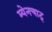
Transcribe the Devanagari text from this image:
म्येनचाट्